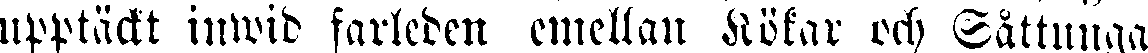
upptäckt inwid farleden emellan Kökar och Såttunga